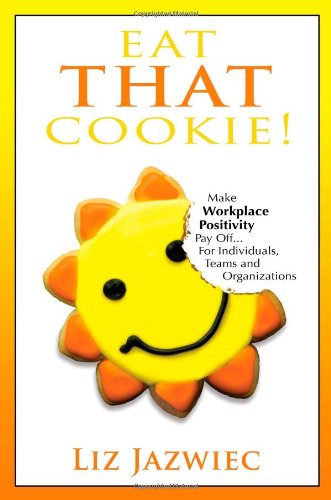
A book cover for Eat THAT Cookie!: Make Workplace Positivity Pay Off...For Individuals, Teams, and Organizations; Liz Jazwiec; Medical Books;